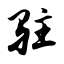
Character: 驻